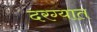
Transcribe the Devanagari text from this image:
दरग्यात